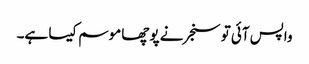
واپس آئی تو سنجر نے پوچھا موسم کیسا ہے۔